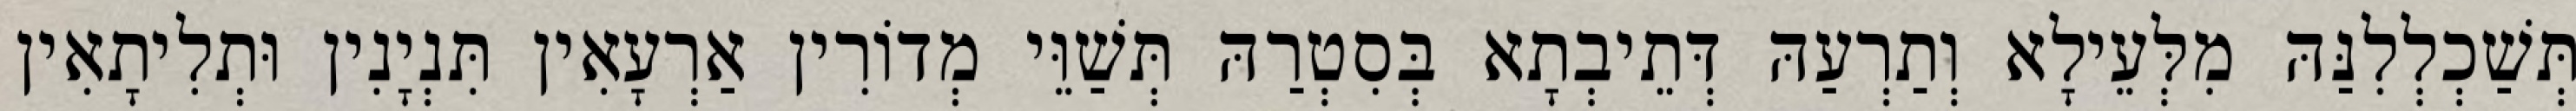
תְּשַׁכְלְלִנַּהּ מִלְּעֵילָא וְתַרְעַהּ דְּתֵיבְתָא בְּסִטְרַהּ תְּשַׁוֵּי מְדוֹרִין אַרְעָאִין תִּנְיָנִין וּתְלִיתָאִין